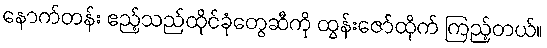
နောက်တန်း ဧည့်သည်ထိုင်ခုံတွေဆီကို ထွန်းဇော်ထိုက် ကြည့်တယ်။